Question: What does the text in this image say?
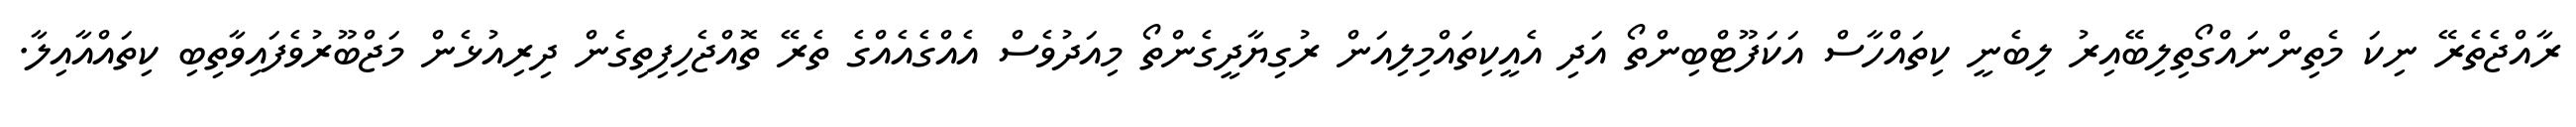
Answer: ރާއްޖެތެރޭ ނިކަ މެތިންނައްގޯތިލިބޭއިރު ލިބެނީ ކިތައްހާސް އަކަފޫޓްބިންތޯ އަދި އެއީކިތައްމިލިއަން ރުގިޔާދީގެންތޯ މިއަދުވެސް އެއްގެއެއްގެ ތެރޭ ތޮއްޖެހިފިތިގެން ދިރިއުޅެން މަޖްބޫރުވެފައިވާތިބި ކިތައްއާއިލާ.